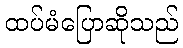
ထပ်မံပြောဆိုသည်